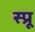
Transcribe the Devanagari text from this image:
स्प्रू